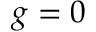
g = 0